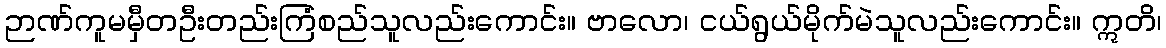
ဉာဏ်ကူမမှီတဦးတည်းကြံစည်သူလည်းကောင်း။ ဗာလော၊ ငယ်ရွယ်မိုက်မဲသူလည်းကောင်း။ ဣတိ၊